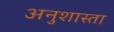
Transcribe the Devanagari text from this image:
अनुशास्ता